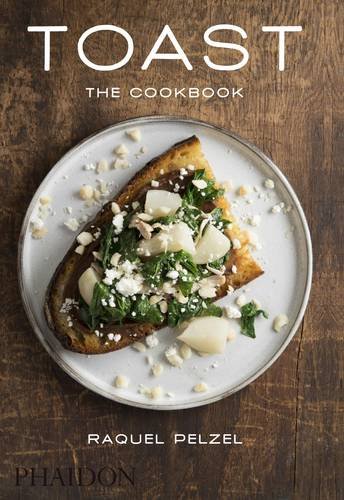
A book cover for Toast: The Cookbook; Raquel Pelzel; Cookbooks, Food & Wine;